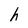
Character: h